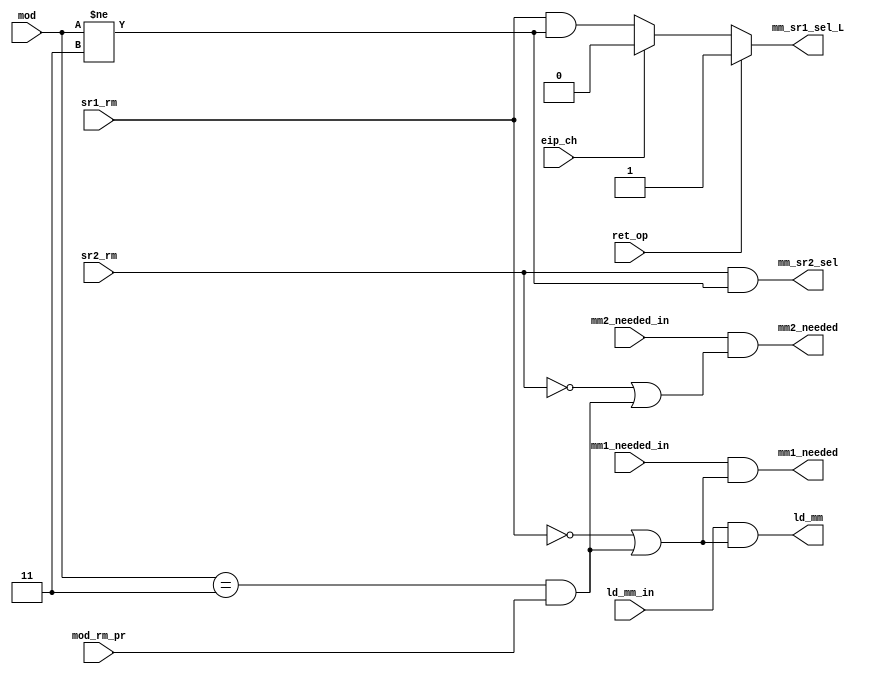
module dep_ld_mmx    (mm1_needed_in,
                      mm2_needed_in,
                      sr1_rm,
                      sr2_rm,
                      mod,
                      mod_rm_pr,
                      ld_mm_in,
                      ret_op,
                      eip_ch,
                      ld_mm,
                      mm1_needed,
                      mm2_needed,
                      mm_sr1_sel_L,
                      mm_sr2_sel);

input       mm1_needed_in;
input       mm2_needed_in;
input       sr1_rm;
input       sr2_rm;
input  [1:0]mod;
input       mod_rm_pr;
input       ld_mm_in;
input       ret_op;
input       eip_ch;
output      ld_mm;
output      mm1_needed;
output      mm2_needed;
output      mm_sr1_sel_L;
output      mm_sr2_sel;

assign mm1_needed = (mm1_needed_in & ((!sr1_rm) || ( (mod==2'b11) & mod_rm_pr)));
assign mm2_needed = (mm2_needed_in & ((!sr2_rm) || ( (mod==2'b11) & mod_rm_pr)));

assign ld_mm = (ld_mm_in & ((!sr1_rm) || ((mod==2'b11) & mod_rm_pr)));
assign mm_sr1_sel_L = ret_op ? 1'b1 : ((eip_ch) ? 1'b0 : ( (sr1_rm) &  (mod != 2'b11) )) ;
assign mm_sr2_sel =( (sr2_rm) &  (mod != 2'b11) );

endmodule